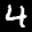
Label: 4